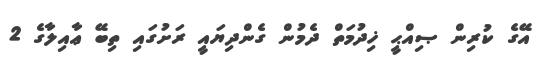
އޭގެ ކުރިން ޞިއްޙީ ޚިދުމަތް ދެމުން ގެންދިޔައީ ރަށުގައި ތިބޭ ޢާއިލާގެ 2